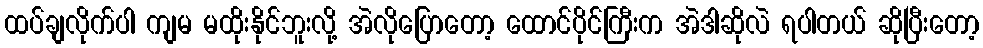
ထပ်ချလိုက်ပါ ကျမ မထိုးနိုင်ဘူးလို့ အဲလိုပြောတော့ ထောင်ပိုင်ကြီးက အဲဒါဆိုလဲ ရပါတယ် ဆိုပြီးတော့